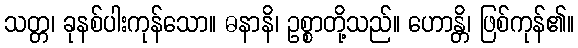
သတ္တ၊ ခုနစ်ပါးကုန်သော။ ဓနာနိ၊ ဥစ္စာတို့သည်။ ဟောန္တိ၊ ဖြစ်ကုန်၏။